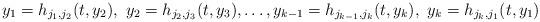
LaTeX: \begin{align*}y_1=h_{j_1,j_2}(t,y_2),\,\, y_2=h_{j_2,j_3}(t,y_3),\dots, y_{k-1}=h_{j_{k-1},j_k}(t,y_k),\,\, y_k=h_{j_k,j_1}(t,y_1)\end{align*}